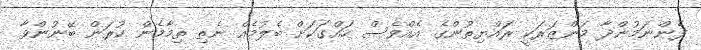
ފެންނަމުންދާ މަންޒަރަކީ ރައްޔިތުންގެ އެއްވެސް ހައްގަކަށް ބެލުމެއް ނެތި ތިމާމެން ކުރަން ބޭނުންވާ